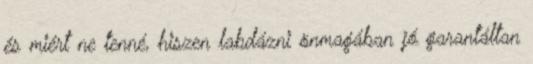
és miért ne tenné, hiszen labdázni önmagában jó garantáltan